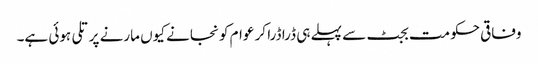
وفاقی حکومت بجٹ سے پہلے ہی ڈرا ڈرا کر عوام کو نجانے کیوں مارنے پر تلی ہوئی ہے۔